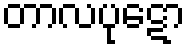
တာလပုဋော